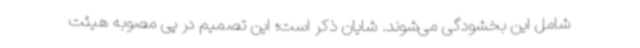
شامل این بخشودگی می‌شوند. شایان ذکر است؛ این تصمیم در پی مصوبه هیئت